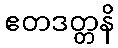
ဧတဒတ္တနိ